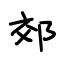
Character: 郊